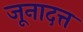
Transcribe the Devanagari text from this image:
जूनादत्त